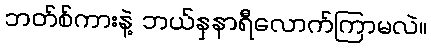
ဘတ်စ်ကားနဲ့ ဘယ်နှနာရီလောက်ကြာမလဲ။